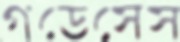
গডেসেস